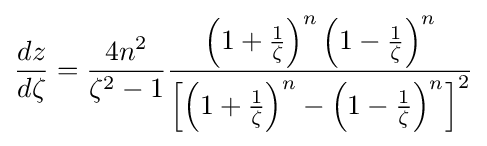
{\frac {dz}{d\zeta }}={\frac {4n^{2}}{\zeta ^{2}-1}}{\frac {\left(1+{\frac {1}{\zeta }}\right)^{n}\left(1-{\frac {1}{\zeta }}\right)^{n}}{\left[\left(1+{\frac {1}{\zeta }}\right)^{n}-\left(1-{\frac {1}{\zeta }}\right)^{n}\right]^{2}}}